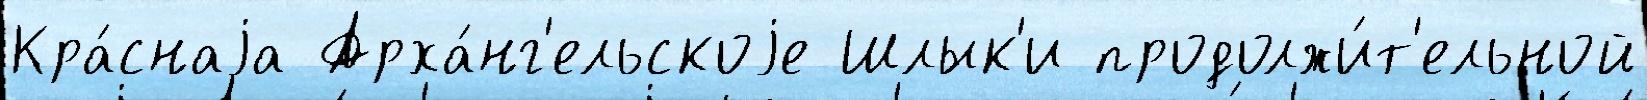
Кра́снаjа Арха́нг'ельскоjе Шлык'и продолжи́т'ельной